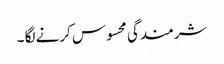
شرمندگی محسوس کرنے لگا ۔